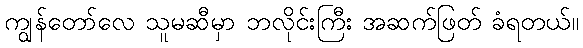
ကျွန်တော်လေ သူမဆီမှာ ဘလိုင်းကြီး အဆက်ဖြတ် ခံရတယ်။